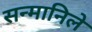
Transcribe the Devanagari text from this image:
सन्मानिले